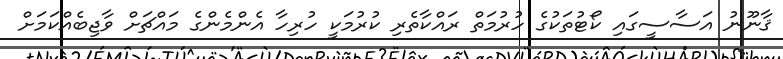
ޤާނޫނު އަސާސީގައި ކޯޓުތަކުގެ ހުރުމަތް ރައްކާތެރި ކުރުމަކީ ހުރިހާ އެންމެންގެ މައްޗަށް ވާޖިބެއްކަމަށް